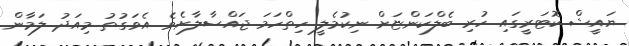
ޔައީޝް ކޮޓަރީގައި ހުރި ބެލްކަންޏަށް ނިކުމެލީ ހިތްހަމަ ޖައްސާލާށެވެ. އެވަގުތު މިއަދު ލަމާން